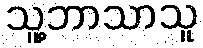
သူ့ဘာသာသူ